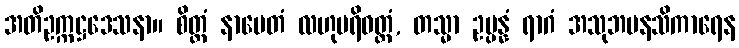
အတိဥက္ကဋ္ဌဒေသနာ။ စိတ္တံ နာမေတံ လဟုပရိဝတ္တံ, တသ္မာ ဥပ္ပန္နံ ရာဂံ အသုဘမနသိကာရေန